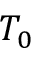
T _ { 0 }